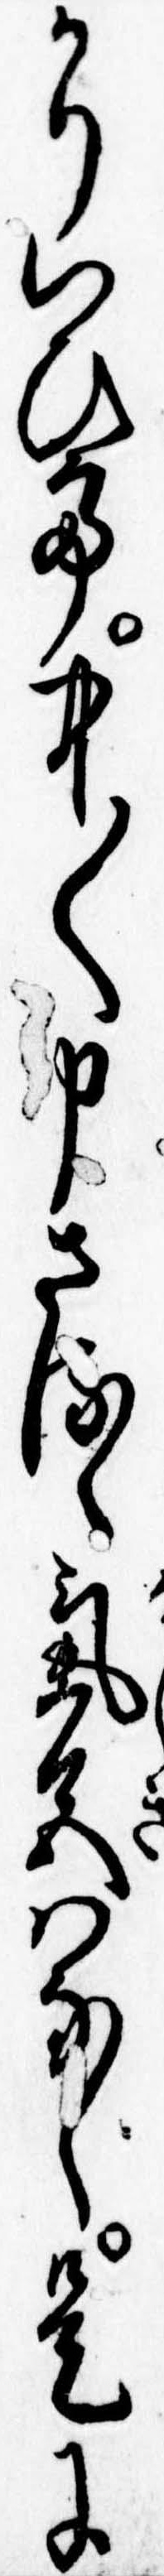
かりいひて中〱申さるゝ気色はなし是に